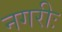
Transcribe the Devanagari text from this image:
नगरीः